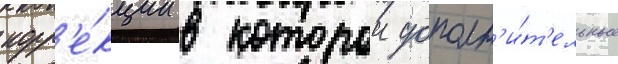
корр'е́кции в которои дополн'и́т'ельные